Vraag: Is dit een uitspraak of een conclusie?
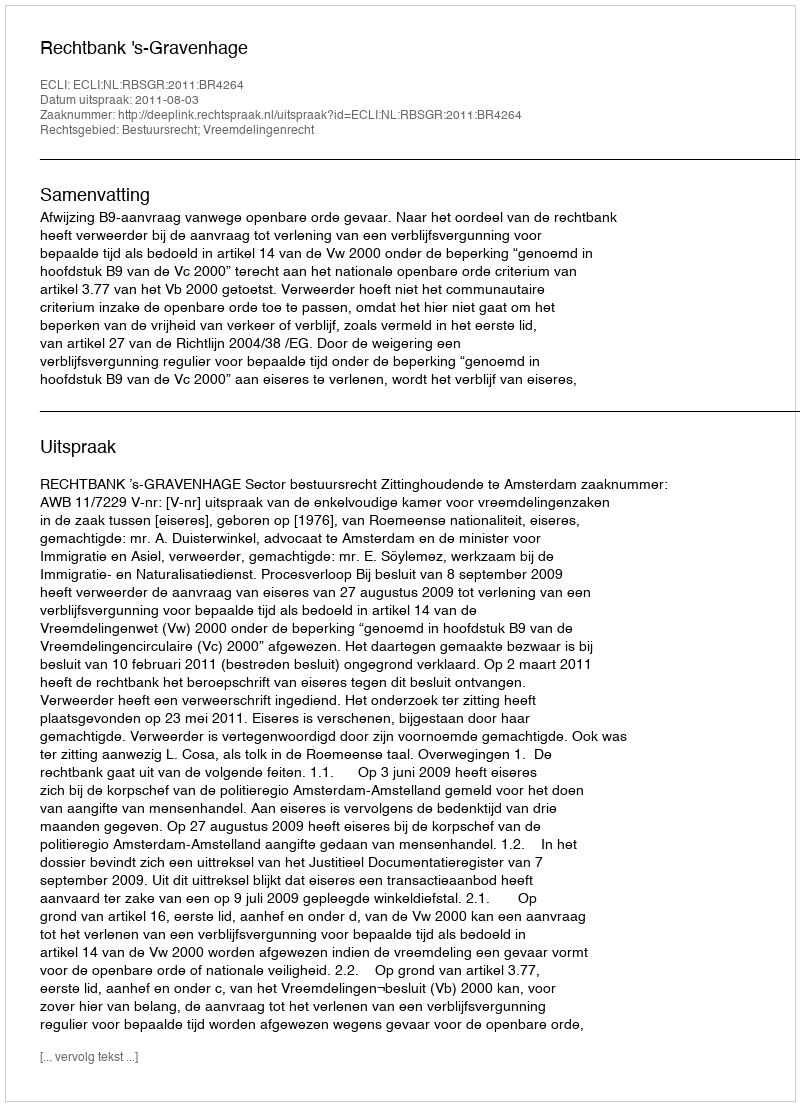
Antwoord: Uitspraak